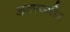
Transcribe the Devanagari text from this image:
अलमगीर